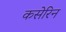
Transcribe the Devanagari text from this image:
कसेरिन